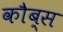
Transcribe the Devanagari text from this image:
कौब्स